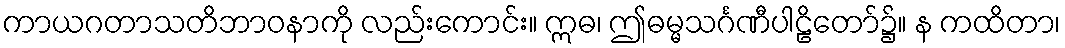
ကာယဂတာသတိဘာဝနာကို လည်းကောင်း။ ဣဓ၊ ဤဓမ္မသင်္ဂဏီပါဠိတော်၌။ န ကထိတာ၊